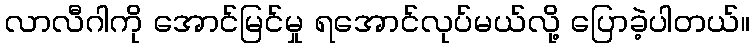
လာလီဂါကို အောင်မြင်မှု ရအောင်လုပ်မယ်လို့ ပြောခဲ့ပါတယ်။